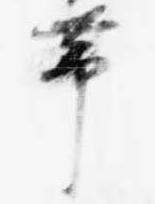
帯